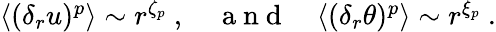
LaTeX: \begin{array}{r}{\langle(\delta_{r}u)^{p}\rangle\sim r^{\zeta_{p}}\ ,\ \ \ \ \mathrm{~a~n~d~}\ \ \ \ \langle(\delta_{r}\theta)^{p}\rangle\sim r^{\xi_{p}}\ .}\end{array}